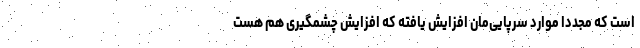
است که مجددا موارد سرپایی‌مان افزایش یافته که افزایش چشمگیری هم هست